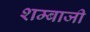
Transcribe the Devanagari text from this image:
शम्बाजी